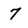
Character: 7